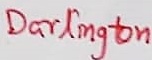
Text: Darlington